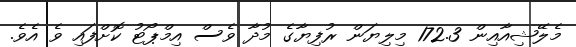
މެލޭޝިއާއިން 172.3 މިލިޔަން ރުފިޔާގެ މުދާ ވެސް އިމްޕޯޓު ކޮށްފައި ވެ އެވެ.